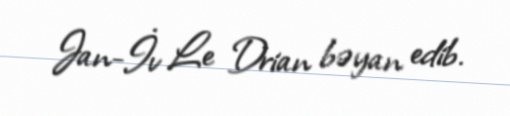
Jan-İv Le Drian bəyan edib.